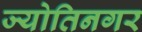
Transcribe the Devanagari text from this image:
ज्योतिनगर